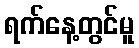
ရက်နေ့တွင်မူ